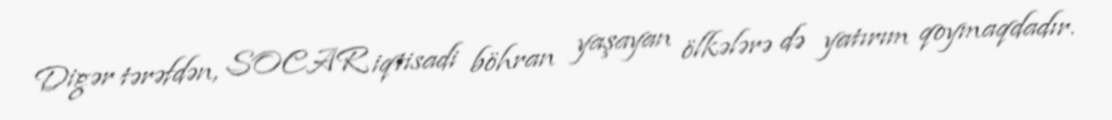
Digər tərəfdən, SOCAR iqtisadi böhran yaşayan ölkələrə də yatırım qoymaqdadır.